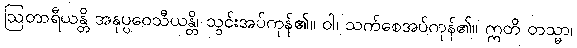
ဩတာရီယန္တိ အနုပ္ပဝေသီယန္တိ၊ သွင်းအပ်ကုန်၏။ ဝါ၊ သက်စေအပ်ကုန်၏။ ဣတိ တသ္မာ၊